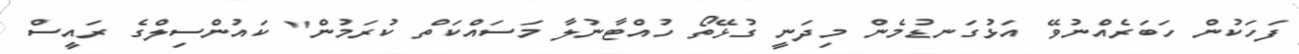
ފަހަކުން ހަބަރެއްނުވޭ އަޅުގަނޑުމެން މިދަނީ ގުޅޭތޯ ހުއްޓާނުލާ މަސައްކަތް ކުރަމުން" ކައުންސިލްގެ ރައީސް